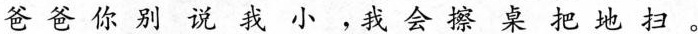
爸爸你别说我小，我会擦桌把地扫。